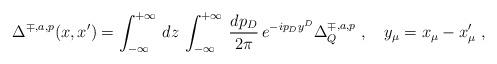
LaTeX: \begin{align*}\Delta^{\mp, a,p} (x,x') = \int^{+\infty}_{-\infty} \, dz\, \int^{+\infty}_{-\infty}\, \frac{dp_D}{2\pi} \, e^{-ip_D y^D}\Delta_Q^{\mp,a,p} \; ,\quad y_\mu = x_\mu - x'_\mu\;,\end{align*}